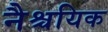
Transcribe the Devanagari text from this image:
नैश्चयिक